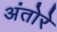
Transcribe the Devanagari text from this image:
अंतोरे